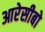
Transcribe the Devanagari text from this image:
आरेसीबो